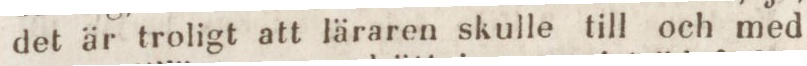
det är troligt att läraren skulle till och med